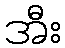
အီး